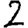
Digit: 2